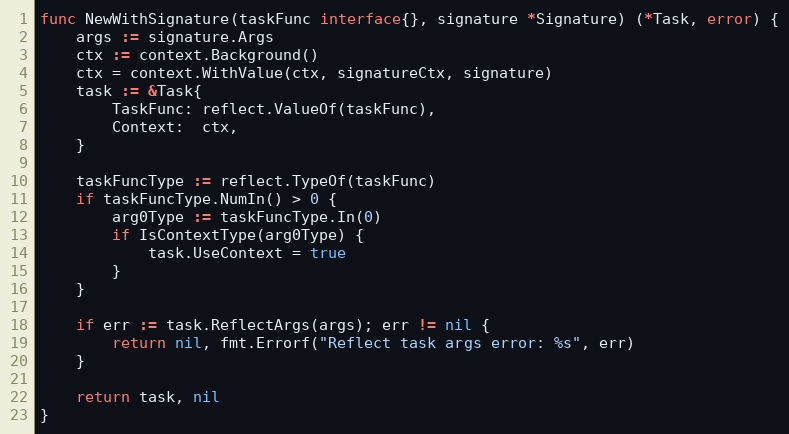
Language: Go
func NewWithSignature(taskFunc interface{}, signature *Signature) (*Task, error) {
	args := signature.Args
	ctx := context.Background()
	ctx = context.WithValue(ctx, signatureCtx, signature)
	task := &Task{
		TaskFunc: reflect.ValueOf(taskFunc),
		Context:  ctx,
	}

	taskFuncType := reflect.TypeOf(taskFunc)
	if taskFuncType.NumIn() > 0 {
		arg0Type := taskFuncType.In(0)
		if IsContextType(arg0Type) {
			task.UseContext = true
		}
	}

	if err := task.ReflectArgs(args); err != nil {
		return nil, fmt.Errorf("Reflect task args error: %s", err)
	}

	return task, nil
}